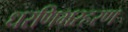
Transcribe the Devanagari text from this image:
धरणिभरहरण